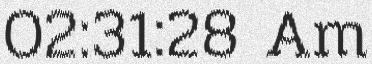
02:31:28 Am